Lunatic asylums Madras 1877-1891 - 1877-1891
Year: 1877
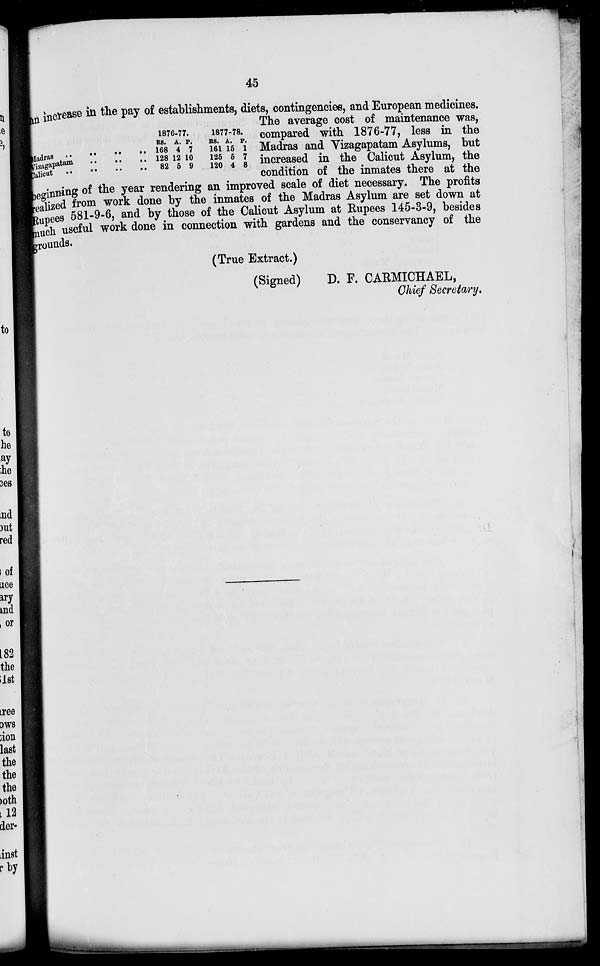
45
Madras .. .. .. ..
Vizagapatam .. .. .. ..
Calicut .. .. .. ..
1876-77.
RS.
168
128
82
A.
4
12
5
P.
7
10
9
1877-78.
RS.
161
125
120
A.
15
5
4
P.
1
7
8
an increase in the pay of establishments, diets, contingencies, and European medicines.
The average cost of maintenance was,
compared with 1876-77, less in the
Madras and Vizagapatam Asylums, but
increased in the Calicut Asylum, the
condition of the inmates there at the
beginning of the year rendering an improved scale of diet necessary. The profits
realized from work done by the inmates of the Madras Asylum are set down at
Rupees 581-9-6, and by those of the Calicut Asylum at Rupees 145-3-9, besides
much useful work done in connection with gardens and the conservancy of the
grounds.
(True Extract.)
(Signed)
D. F. CARMICHAEL,
Chief Secretary.